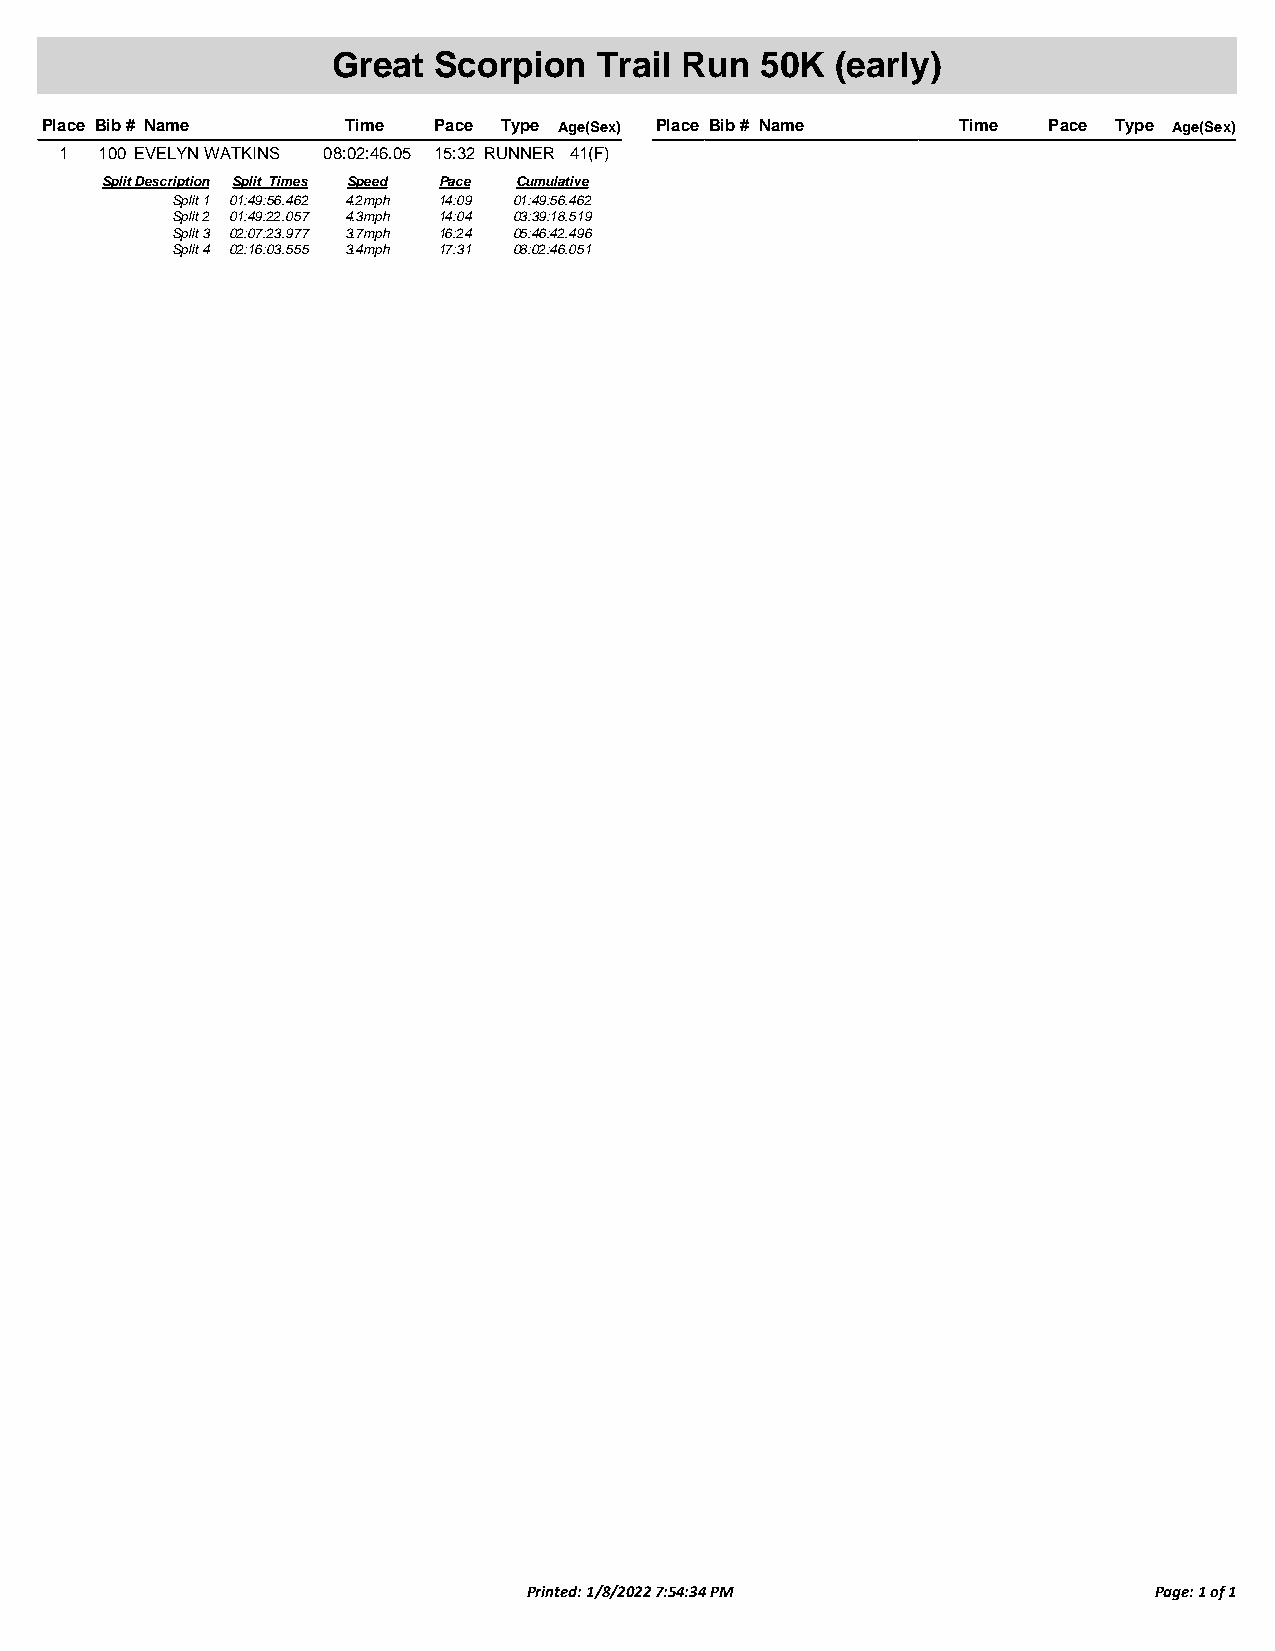
Great  Scorpion   Trail Run 50K  (early)
 Place Bib # Name    Time  Pace Type Age(Sex) Place Bib # Name Time Pace Type Age(Sex)
 1  100 EVELYN WATKINS 08:02:46.05 15:32 RUNNER 41(F)
 Split Description Split Times Speed Pace Cumulative
 Split 1 01:49:56.462 4.2mph 14:09 01:49:56.462
 Split 2 01:49:22.057 4.3mph 14:04 03:39:18.519
 Split 3 02:07:23.977 3.7mph 16:24 05:46:42.496
 Split 4 02:16:03.555 3.4mph 17:31 08:02:46.051
 Printed: 1/8/2022 7:54:34 PM             Page: 1 of 1